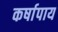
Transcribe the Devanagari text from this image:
कर्षापाय